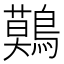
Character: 𪅐